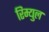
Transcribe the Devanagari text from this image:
रिम्युल